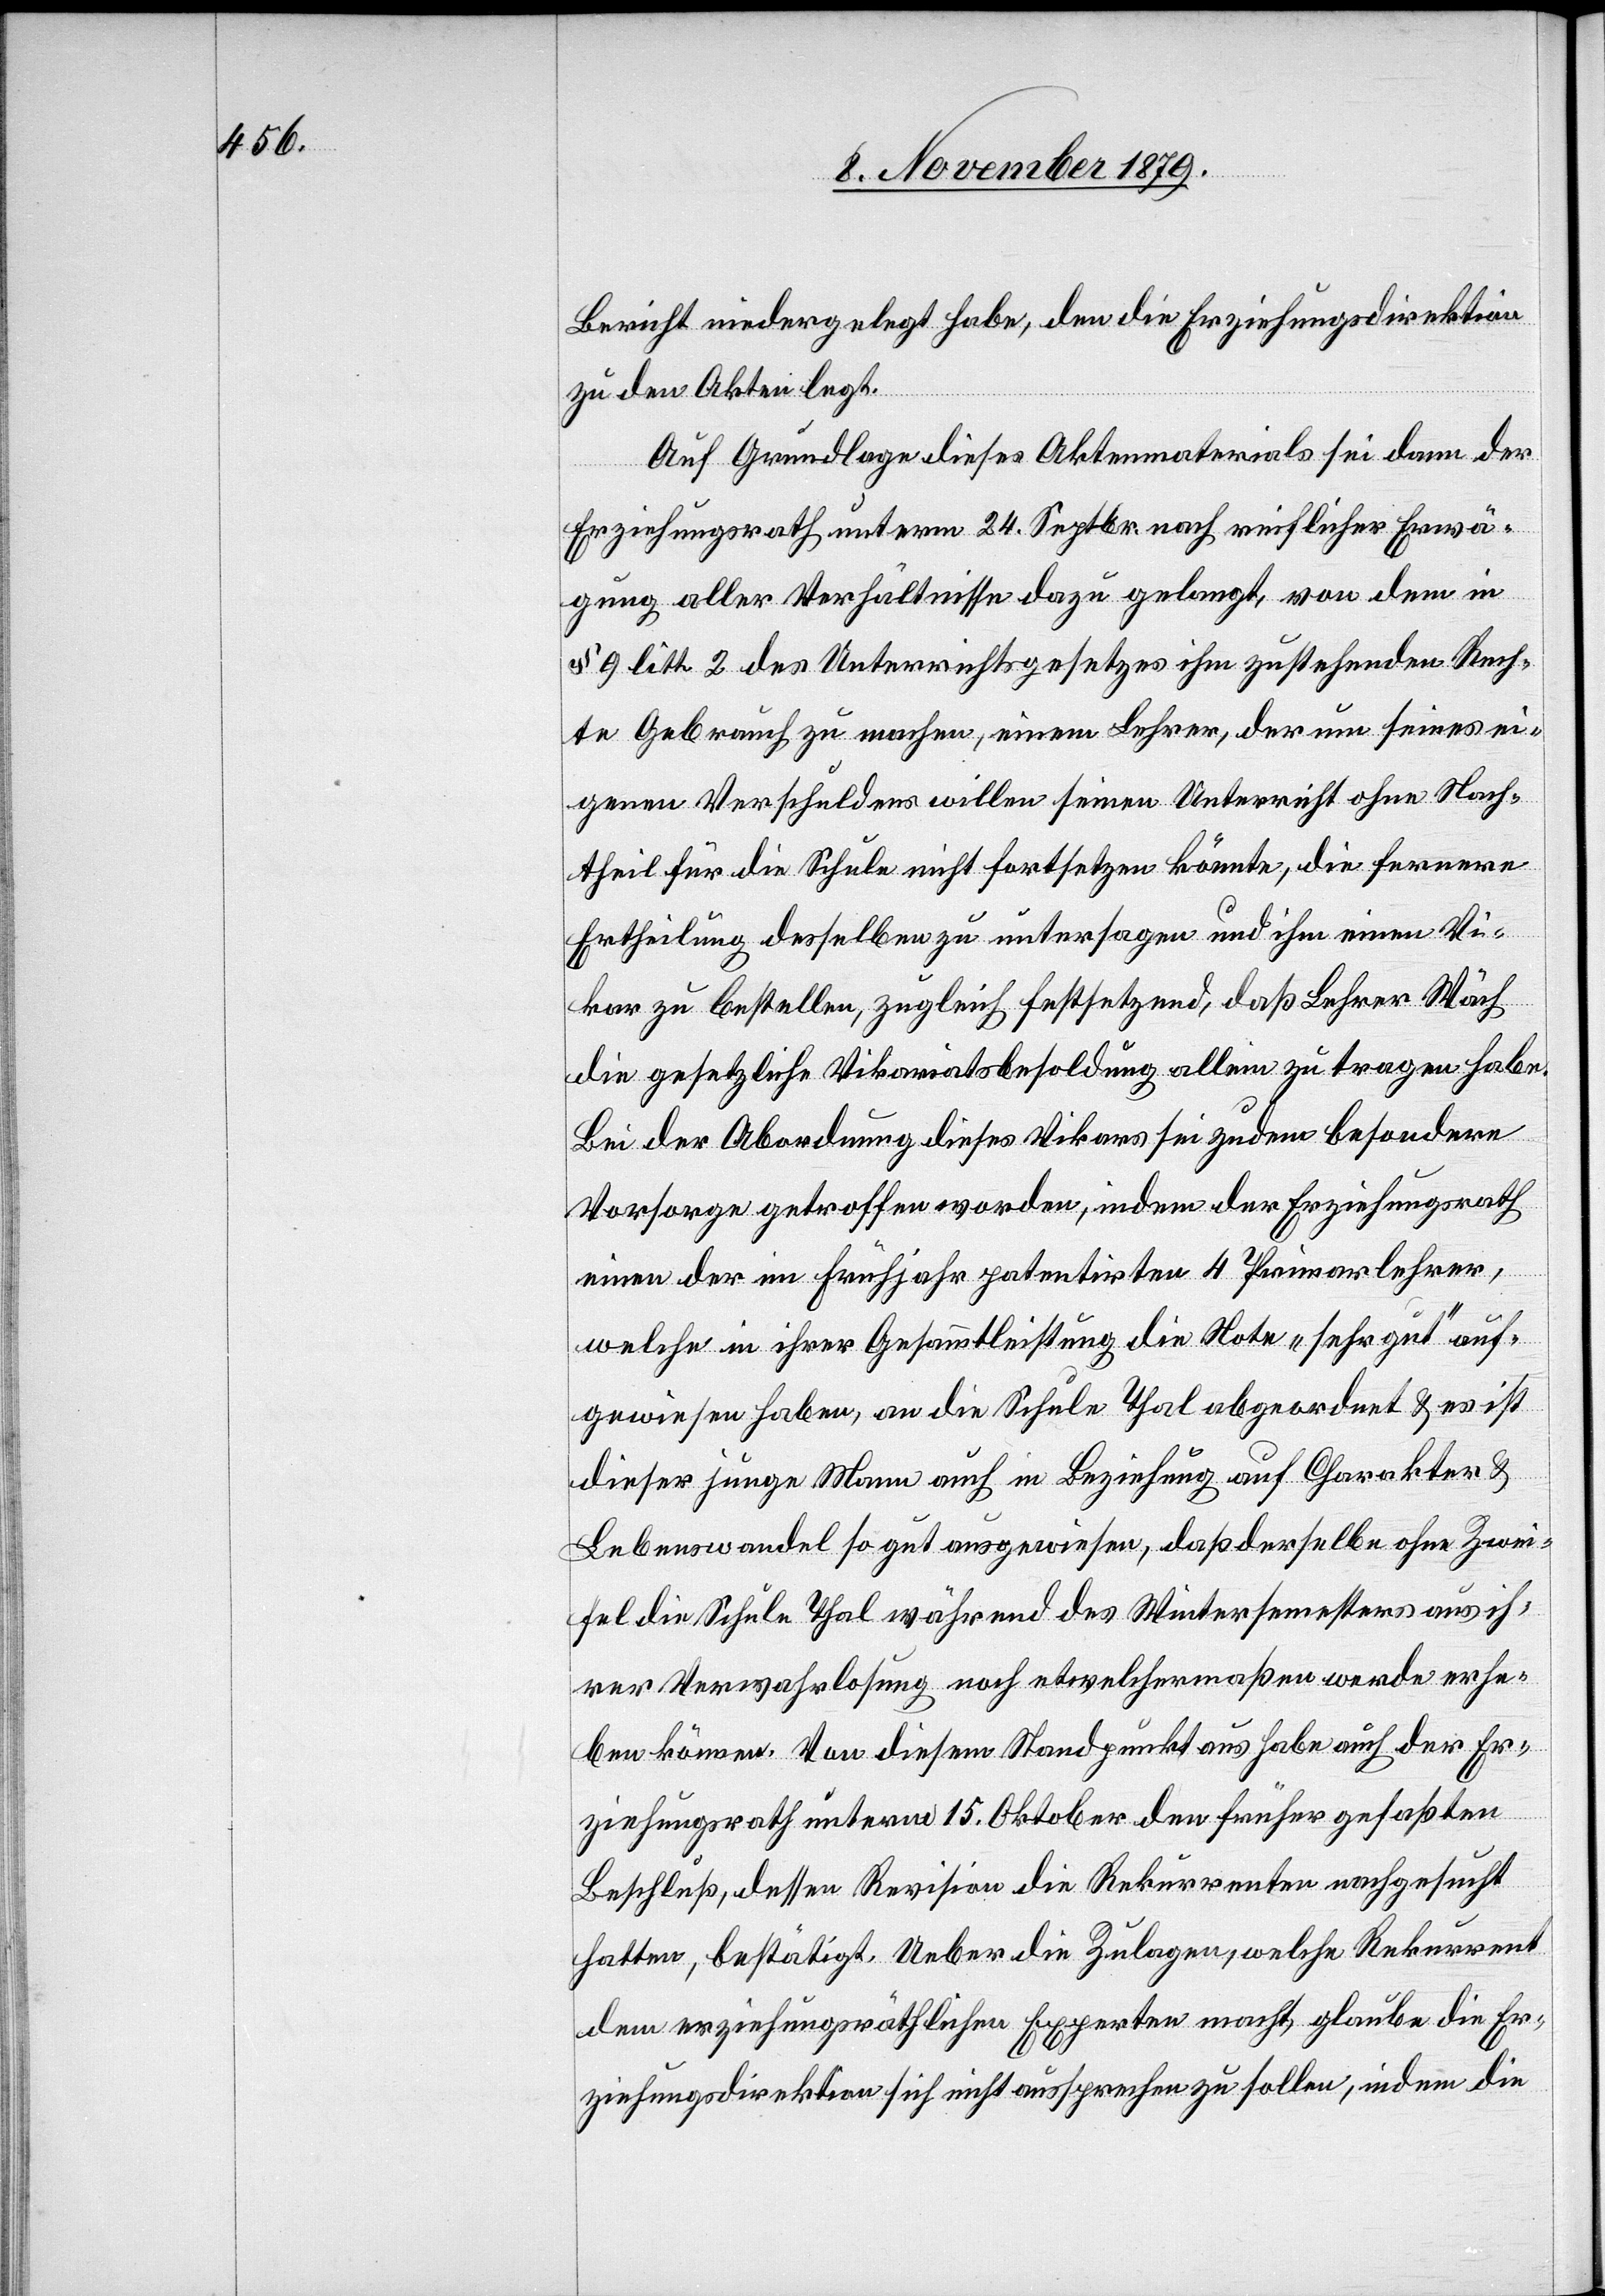
Bericht niedergelegt habe, den die Erziehungsdirektion
zu den Akten legt.
Auf Grundlage dieses Aktenmaterials sei dann der
Erziehungsrath unterm 24. Septbr. nach reichlicher Erwä¬
gung aller Verhältnisse dazu gelangt, von dem in
§ 9 litt. 2 des Unterrichtsgesetzes ihm zustehenden Rech¬
te Gebrauch zu machen, einem Lehrer, der um seines ei¬
genen Verschuldens willen seinen Unterricht ohne Nach¬
theil für die Schule nicht fortsetzen könnte, die fernere
Ertheilung desselben zu untersagen und ihm einen Vi¬
kar zu bestellen, zugleich festsetzend, daß Lehrer Wäch
die gesetzliche Vikariatsbesoldung allein zu tragen habe.
Bei der Abordnung dieses Vikars sei zudem besondere
Vorsorge getroffen worden, indem der Erziehungsrath
einen der im Frühjahr patentirten 4 Primarlehrer,
welche in ihrer Gesammtleistung die Note „sehr gut“ auf¬
gewiesen haben, an die Schule Thal abgeordnet & es ist
dieser junge Mann auch in Beziehung auf Charakter &
Lebenswandel so gut ausgewiesen, daß derselbe ohne Zwei¬
fel die Schule Thal während des Wintersemesters aus ih¬
rer Verwahrlosung noch etwelchermaßen werde erhe¬
ben können. Von diesem Standpunkt aus habe auch der Er¬
ziehungsrath unterm 15. Oktober den früher gefaßten
Beschluß, dessen Revision die Rekurrenten nachgesucht
hatten, bestätigt. Ueber die Zulagen, welche Rekurrent
dem erziehungsräthlichen Experten macht, glaube die Er¬
ziehungsdirektion sich nicht aussprechen zu sollen indem die